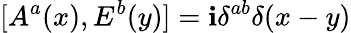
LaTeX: [A^{a}(x),E^{b}(y)]=\mathbf{i}\delta^{ab}\delta(x-y)